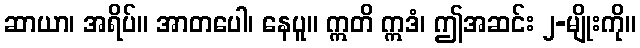
ဆာယာ၊ အရိပ်။ အာတပေါ၊ နေပူ။ ဣတိ ဣဒံ၊ ဤအဆင်း ၂-မျိုးကို။